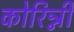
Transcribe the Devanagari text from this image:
कोरिन्नी